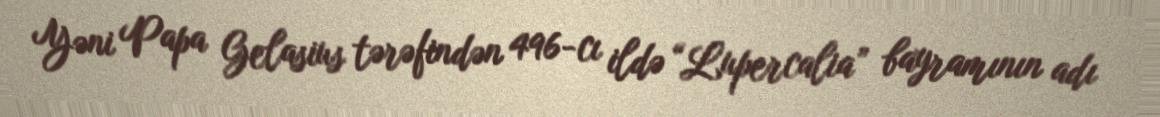
Yəni Papa Gelasius tərəfindən 496-cı ildə “Lupercalia” bayramının adı